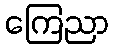
ကြေညာ